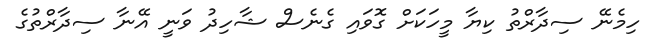
ހިމެނޭ ސިދާރްތު ކިޔާ މީހަކަށް ގޮވައި ގެނެސް ޝާހިދު ވަނީ އޭނާ ސިދާރްތުގެ